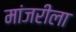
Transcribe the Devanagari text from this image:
मांजरीला